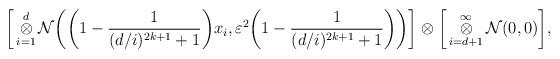
LaTeX: \begin{align*}\bigg{[}\mathop{\otimes}_{i=1}^{d}\mathcal{N}\bigg{(}\bigg{(}1-\frac{1}{(d/i)^{2k+1}+1}\bigg{)}x_{i},\varepsilon^{2}\bigg{(}1-\frac{1}{(d/i)^{2k+1}+1}\bigg{)}\bigg{)}\bigg{]}\otimes\bigg{[}\mathop{\otimes}_{i=d+1}^{\infty}\mathcal{N}(0,0)\bigg{]},\end{align*}